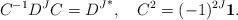
LaTeX: \begin{align*}C^{-1} D^J C = {D^J}^*,\quad C^2 = (-1)^{2J}{\bf 1}.\end{align*}